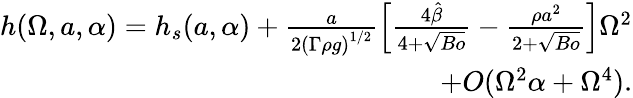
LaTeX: \begin{array}{r}{h(\Omega,a,\alpha)=h_{s}(a,\alpha)+\frac{a}{2\left(\Gamma\rho{g}\right)^{1/2}}\left[\frac{4\hat{\beta}}{4+\sqrt{Bo}}-\frac{\rho{a}^{2}}{2+\sqrt{Bo}}\right]\Omega^{2}}\\ {+O(\Omega^{2}\alpha+\Omega^{4}).}\end{array}